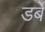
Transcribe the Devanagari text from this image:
डर्बे